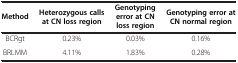
<table><thead><tr><td><b>Method</b></td><td><b>Heterozygous calls at CN loss region</b></td><td><b>Genotyping error at CN loss region</b></td><td><b>Genotyping error at CN normal region</b></td></tr></thead><tbody><tr><td>BCRgt</td><td>0.23%</td><td>0.03%</td><td>0.16%</td></tr><tr><td>BRLMM</td><td>4.11%</td><td>1.83%</td><td>0.28%</td></tr></tbody></table>